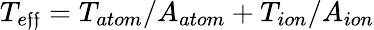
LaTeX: T_{e\mathfrak{f}\mathfrak{f}}=T_{atom}/A_{atom}+T_{ion}/A_{ion}